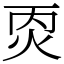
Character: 㶮